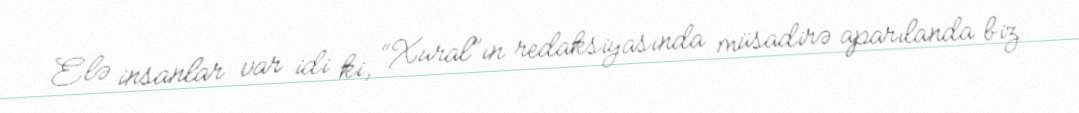
Elə insanlar var idi ki, “Xural”ın redaksiyasında müsadirə aparılanda biz